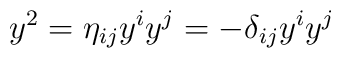
y^{2}=\eta _{ij}y^{i}y^{j}=-\delta _{ij}y^{i}y^{j}